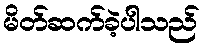
မိတ်ဆက်ခဲ့ပါသည်